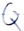
Text: Q